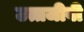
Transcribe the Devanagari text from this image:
उत्तजीवी